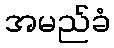
အမည်ခံ